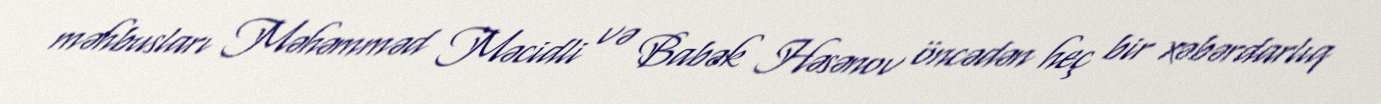
məhbusları Məhəmməd Məcidli və Babək Həsənov öncədən heç bir xəbərdarlıq